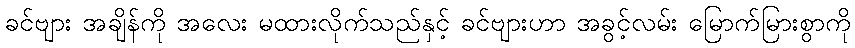
ခင်ဗျား အချိန်ကို အလေး မထားလိုက်သည်နှင့် ခင်ဗျားဟာ အခွင့်လမ်း မြောက်မြားစွာကို